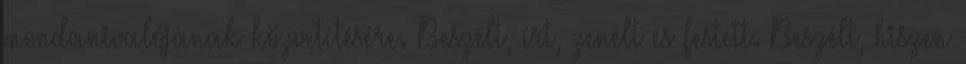
mondanivalójának közvetítésére. Beszélt, írt, zenélt és festett. Beszélt, hiszen